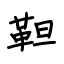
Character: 靼